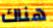
هناك